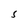
Character: 5